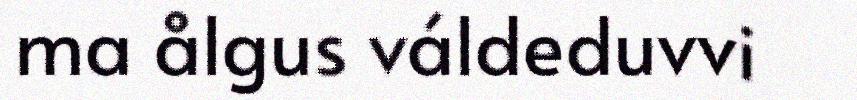
ma ålgus váldeduvvi